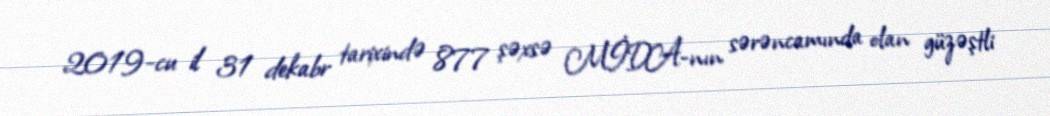
2019-cu il 31 dekabr tarixində 877 şəxsə MİDA-nın sərəncamında olan güzəştli